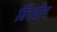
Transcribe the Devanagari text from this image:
बिंदवीय